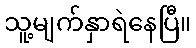
သူ့မျက်နှာရဲနေပြီ။